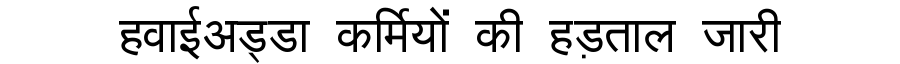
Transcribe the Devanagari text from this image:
हवाईअड्डा कर्मियों की हड़ताल जारी